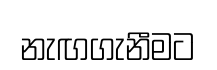
නැඟගැනීමට